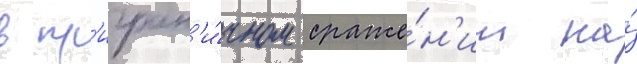
в пр'игран'и́чном сраже́н'ии на́